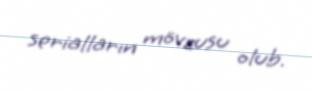
serialların mövzusu olub.